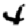
Digit: 4